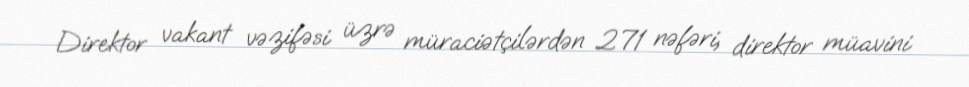
Direktor vakant vəzifəsi üzrə müraciətçilərdən 271 nəfəri, direktor müavini